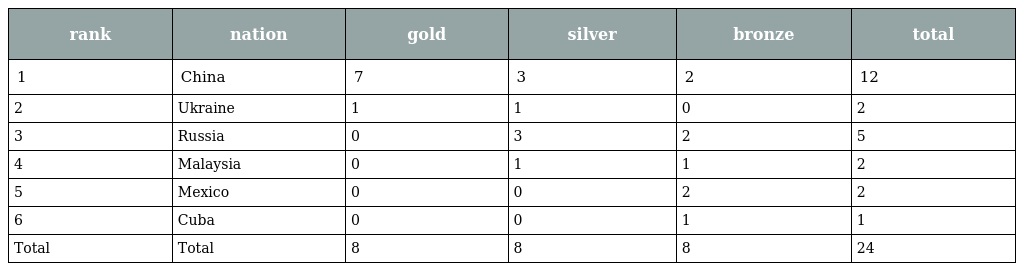
| rank | nation | gold | silver | bronze | total |
 | --- | --- | --- | --- | --- | --- |
 | 1 | China | 7 | 3 | 2 | 12 |
 | 2 | Ukraine | 1 | 1 | 0 | 2 |
 | 3 | Russia | 0 | 3 | 2 | 5 |
 | 4 | Malaysia | 0 | 1 | 1 | 2 |
 | 5 | Mexico | 0 | 0 | 2 | 2 |
 | 6 | Cuba | 0 | 0 | 1 | 1 |
 | Total | Total | 8 | 8 | 8 | 24 |